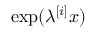
\exp ( \lambda ^ { [ i ] } x )